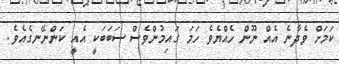
ކަމަށް ވެދާނެ އެއް ނޫން ހެއްޔެވެ ހަމަ ގައިމުންވެސް ސަބަބަކީ އެއީ ކަންނޭނގެއެވެ.